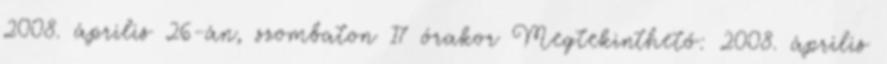
2008. április 26-án, szombaton 17 órakor Megtekinthető: 2008. április